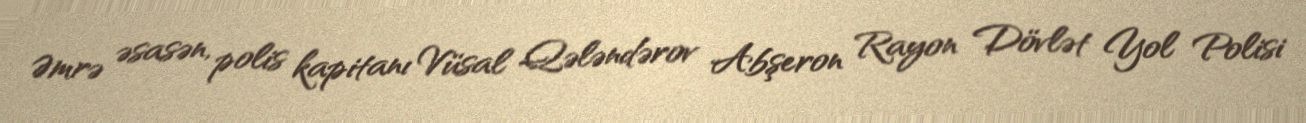
Əmrə əsasən, polis kapitanı Vüsal Qələndərov Abşeron Rayon Dövlət Yol Polisi